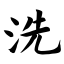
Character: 洗